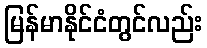
မြန်မာနိုင်ငံတွင်လည်း